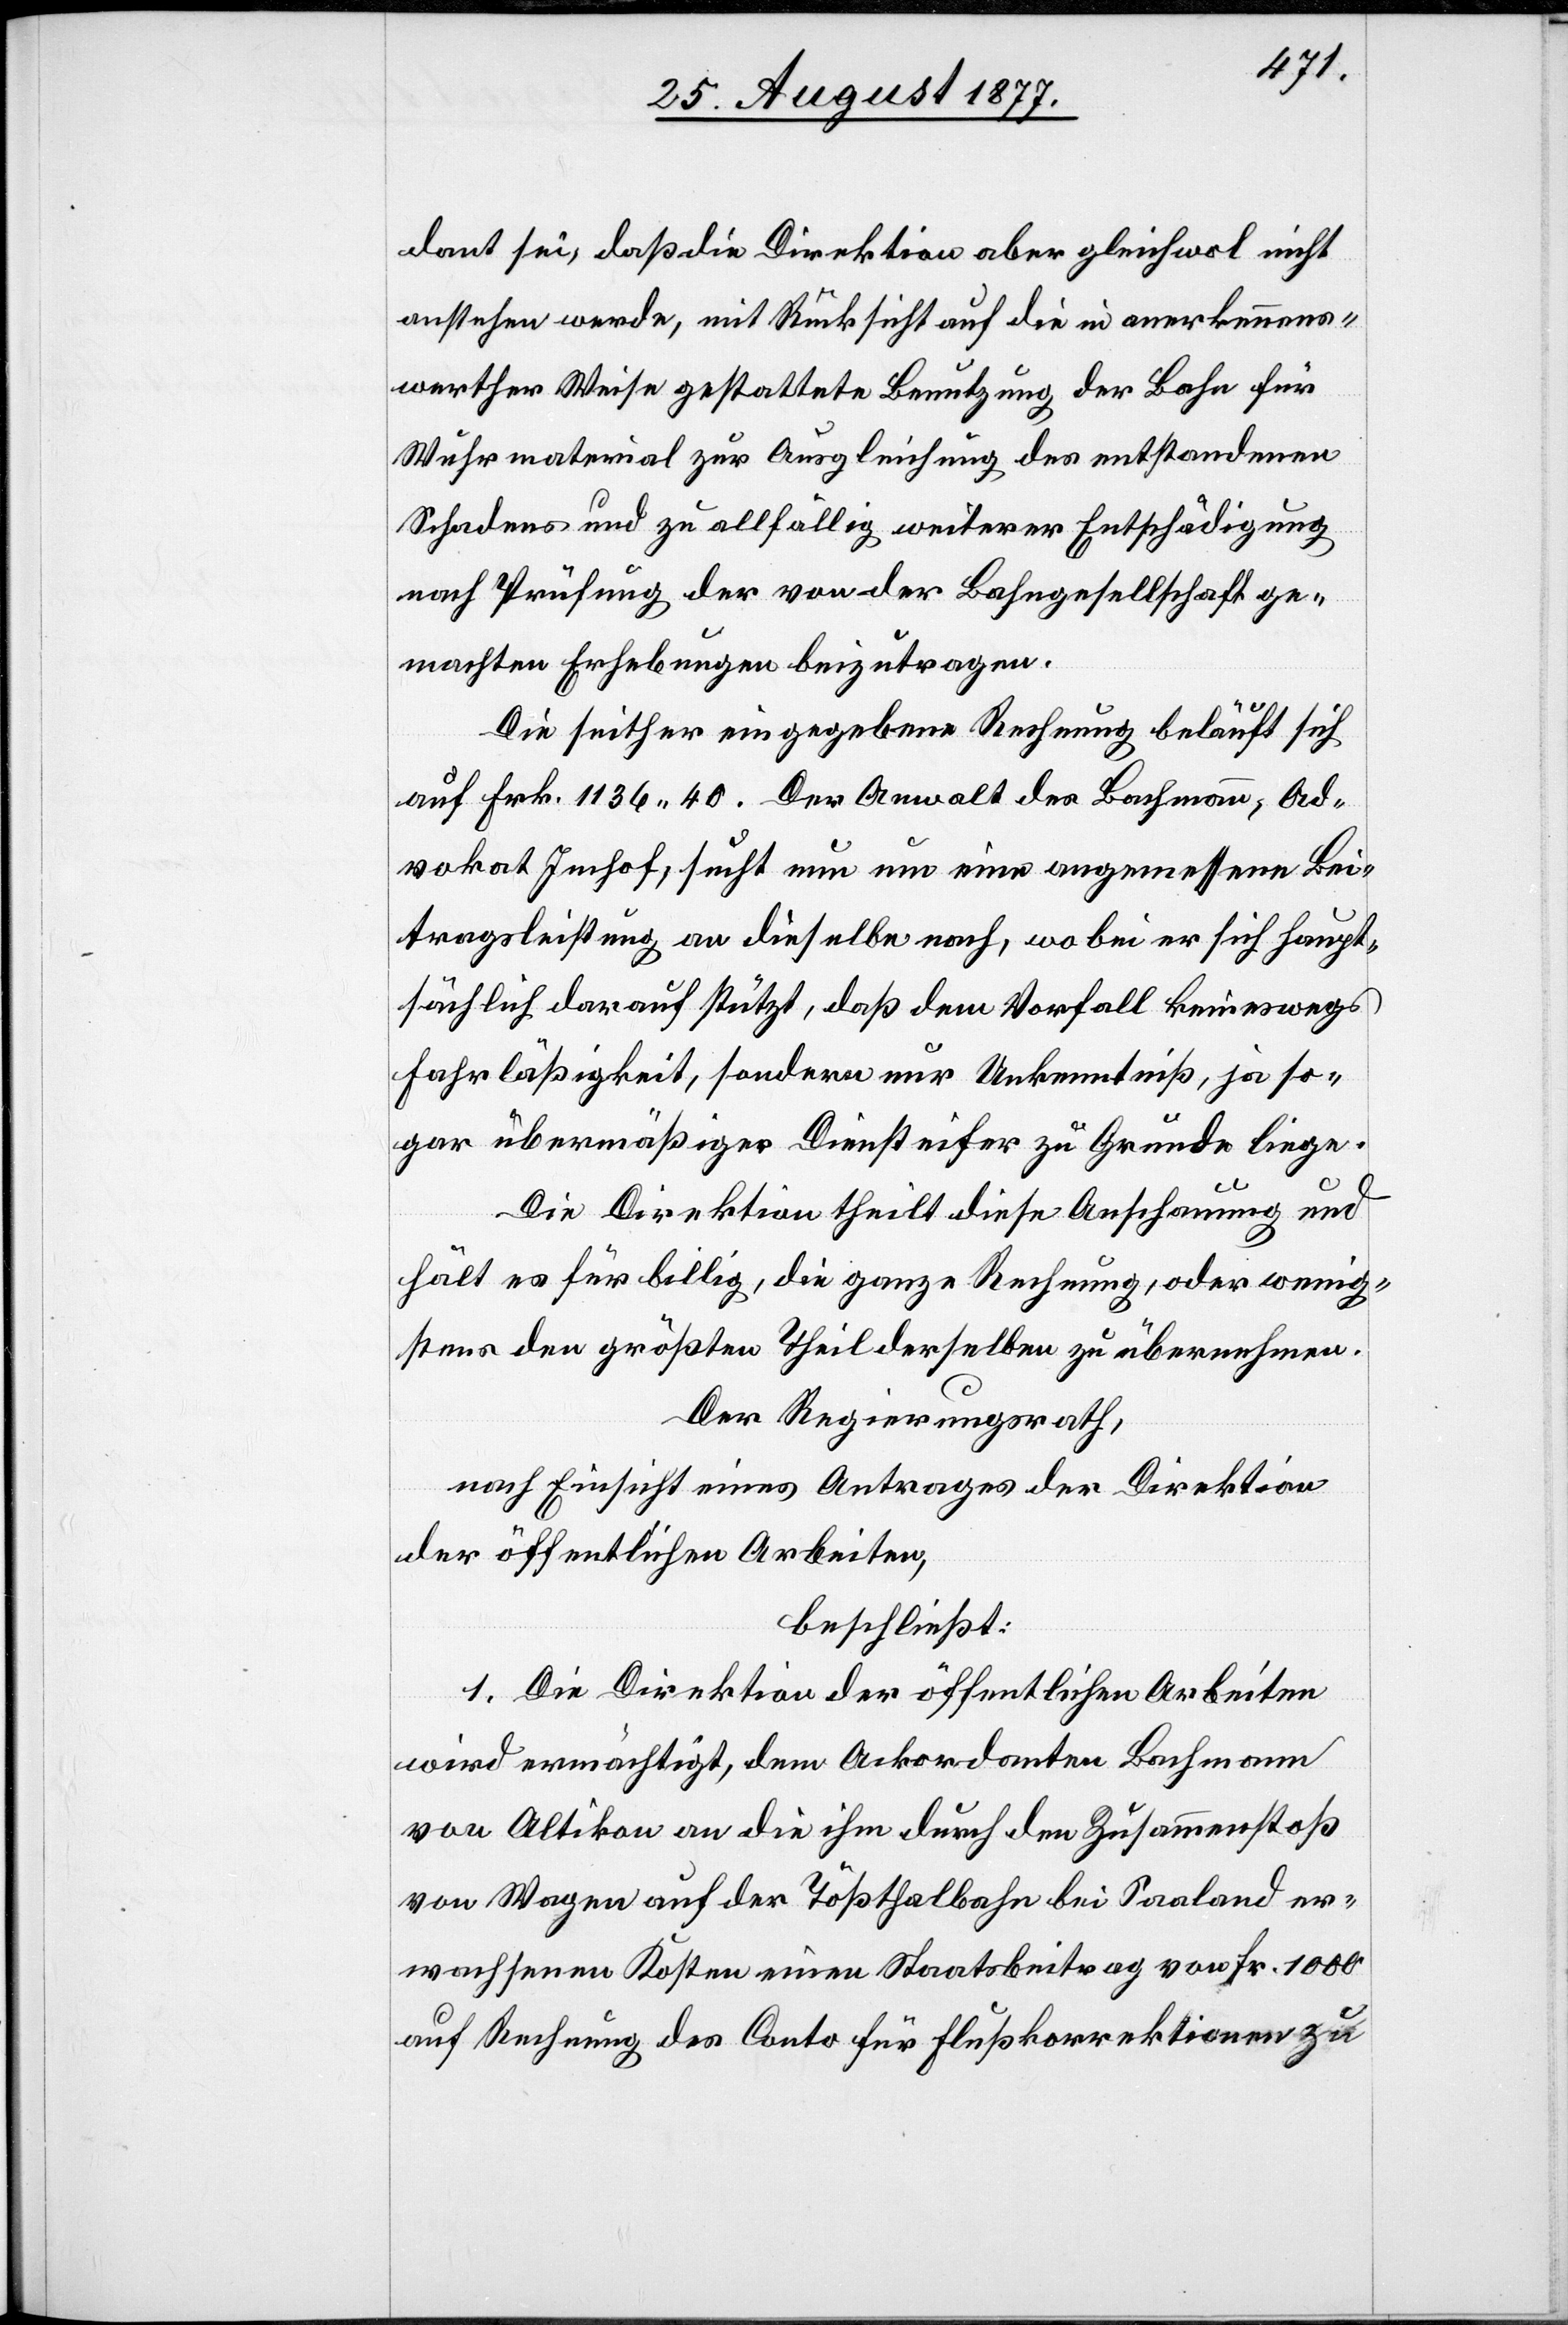
dant sei, daß die Direktion aber gleichwol nicht
anstehen werde, mit Rücksicht auf die in anerkennens¬
werther Weise gestattete Benutzung der Bahn für
Wuhrmaterial zur Ausgleichung des entstandenen
Schadens und zu allfällig weiterer Entschädigung
nach Prüfung der von der Bahngesellschaft ge¬
machten Erhebungen beizutragen.
Die seither eingegebene Rechnung beläuft sich
auf Frk. 1136.40. Der Anwalt des Bachmann, Ad¬
vokat Imhof, sucht nun um eine angemessene Bei¬
tragsleistung an dieselbe nach, wobei er sich haupt¬
sächlich darauf stützt, daß dem Vorfall keineswegs
Fahrläßigkeit, sondern nur Unkenntniß, ja so¬
gar übermäßiger Diensteifer zu Grunde liege.
Die Direktion theilt diese Anschauung und
hält es für billig, die ganze Rechnung, oder wenig¬
stens den größten Theil derselben zu übernehmen.
Der Regierungsrath,
nach Einsicht eines Antrages der Direktion
der öffentlichen Arbeiten,
beschließt:
1. Die Direktion der öffentlichen Arbeiten
wird ermächtigt, dem Ackordanten Bachmann
von Altikon an die ihm durch den Zusammenstoß
von Wagen auf der Tößthalbahn bei Saaland er¬
wachsenen Kosten einen Staatsbeitrag von Fr. 1000
auf Rechnung des Conto für Flußkorrektionen zu